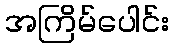
အကြိမ်ပေါင်း